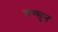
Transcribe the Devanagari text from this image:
सम्सुन